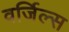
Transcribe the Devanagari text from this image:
वर्जिल्स